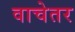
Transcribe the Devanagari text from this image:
वाचेतर